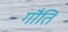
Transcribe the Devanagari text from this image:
गौति